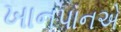
ખાનપાનએ